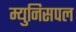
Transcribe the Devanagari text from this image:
म्युनिसपल